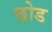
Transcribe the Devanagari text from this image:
छ़ोड